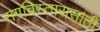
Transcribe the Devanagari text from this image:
रागविस्तारासाठी